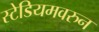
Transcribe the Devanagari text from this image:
स्टेडियमवरुन